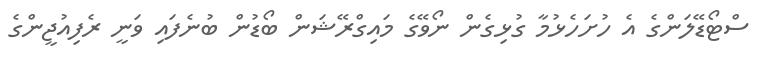
ސްޓޯޑޭލަންގެ އެ ހުށަހެޅުމާ ގުޅިގެން ނޯވޭގެ މައިގްރޭޝަން ބޯޑުން ބުނެފައި ވަނީ ރެފިއުޖީންގެ